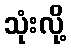
သုံးလို့